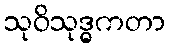
သုဝိသုဒ္ဓကတာ